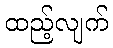
ထည့်လျက်